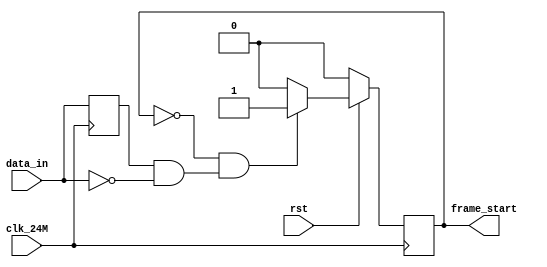
`timescale 1ns / 1ps
//////////////////////////////////////////////////////////////////////////////////
// Company: 
// Engineer: 
// 
// Design Name: 
// Module Name: start_check
// Project Name: 
// Target Devices: 
// Tool Versions: 
// Description: 
// 
// Dependencies: 
// 
// Revision:
// Revision 0.01 - File Created
// Additional Comments:
// 
//////////////////////////////////////////////////////////////////////////////////


module start_check(
           input            rst,                //
           input            clk_24M,            //24M
           input            data_in,            //
           output reg      frame_start         //
    );
    
    reg     org_data;
    
    always @(posedge clk_24M)begin
        org_data<=data_in;
    end
    
    always @(posedge clk_24M) begin
        if(rst==1'b0)begin
            frame_start<=1'b0;
        end else begin
            if(frame_start==1'b0&&(org_data==1'b1&&data_in==1'b0))begin
                frame_start<=1'b1;
            end else begin
                frame_start<=1'b0;
            end
        end
    end
    
endmodule